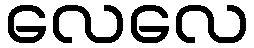
လေလေ